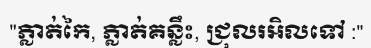
"ភ្លាត់កៃ, ភ្លាត់គន្លឹះ, ជ្រុលរអិលទៅ :"